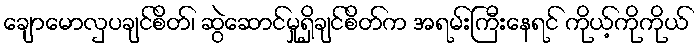
ချောမောလှပချင်စိတ်၊ ဆွဲဆောင်မှုရှိချင်စိတ်က အရမ်းကြီးနေရင် ကိုယ့်ကိုကိုယ်